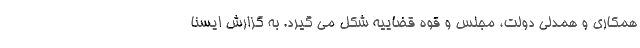
همکاری و همدلی دولت، مجلس و قوه قضاییه شکل می گیرد. به گزارش ایسنا